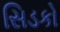
સિડકો